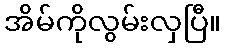
အိမ်ကိုလွမ်းလှပြီ။